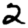
Digit: 2